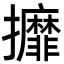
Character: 攠